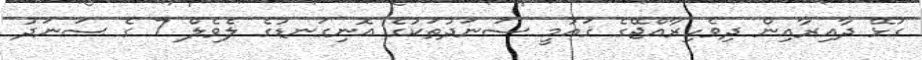
ގުޅޭ ދާއިރާއިން ދިވެހިރާއްޖޭގެ ޤައުމީ ސަނަދުތަކުގެ އޮނިގަނޑުގެ ލެވެލް 7 ގެ ސަނަދު